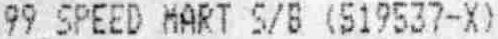
99 SPEED MART S/B (519537-X)